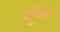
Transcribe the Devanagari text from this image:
बुधीबाई